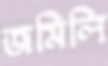
জমিলি